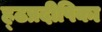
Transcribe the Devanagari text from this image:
ह्ठप्रदीपिका